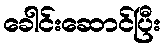
ခေါင်းဆောင်ပြီး